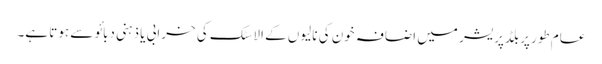
عام طور پر بلڈپریشر میں اضافہ خون کی نالیوں کے الاسٹک کی خرابی یا ذہنی دبائو سے ہوتا ہے۔